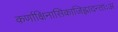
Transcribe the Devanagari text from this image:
कर्णाक्षिनासिकाजिह्लादन्ताःअ